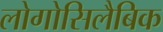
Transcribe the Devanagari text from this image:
लोगोसिलैबिक